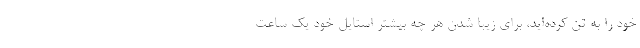
خود را به تن کرده‌اید، برای زیبا شدن هر چه بیشتر استایل خود یک ساعت